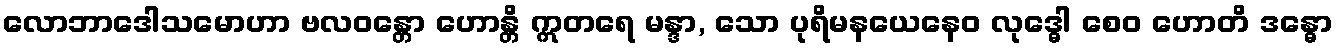
လောဘာဒေါသမောဟာ ဗလဝန္တော ဟောန္တိ ဣတရေ မန္ဒာ, သော ပုရိမနယေနေဝ လုဒ္ဓေါ စေဝ ဟောတိ ဒန္ဓော